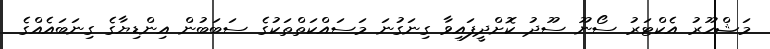
މަޝްހޫރު އެކްޓަރު ސޯނޫ ސޫދު ކޮށްދީފައިވާ ގިނަގުނަ މަސައްކަތްތަކުގެ ސަބަބުން އިންޑިޔާގެ ގިނަބައެއްގެ